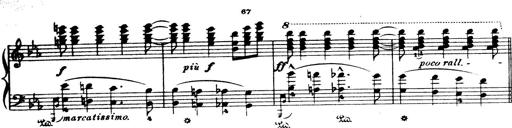
Title: Wagner-Liszt Album
Composer: Franz Liszt